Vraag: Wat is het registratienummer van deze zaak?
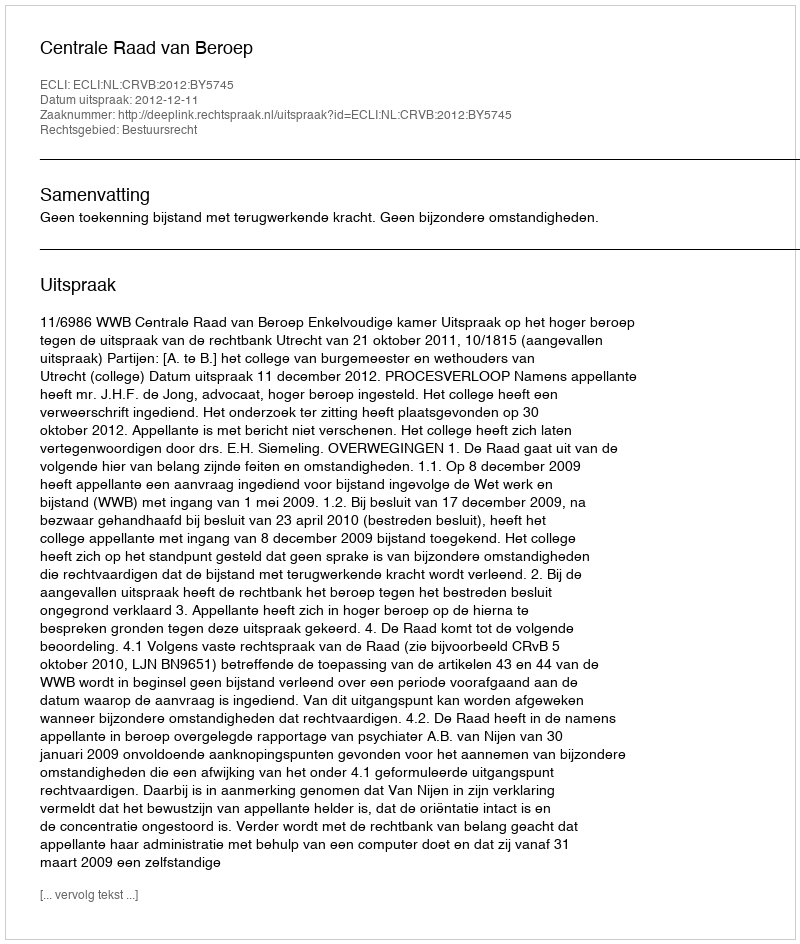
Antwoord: http://deeplink.rechtspraak.nl/uitspraak?id=ECLI:NL:CRVB:2012:BY5745